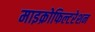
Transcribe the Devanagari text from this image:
माइक्रोफिल्टरेशन